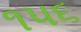
૧૫૬